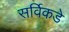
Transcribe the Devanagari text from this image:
सर्विकडे